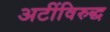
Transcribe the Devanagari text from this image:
अटींविरुद्ध